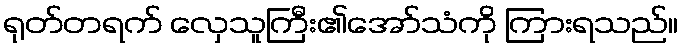
ရုတ်တရက် လှေသူကြီး၏အော်သံကို ကြားရသည်။